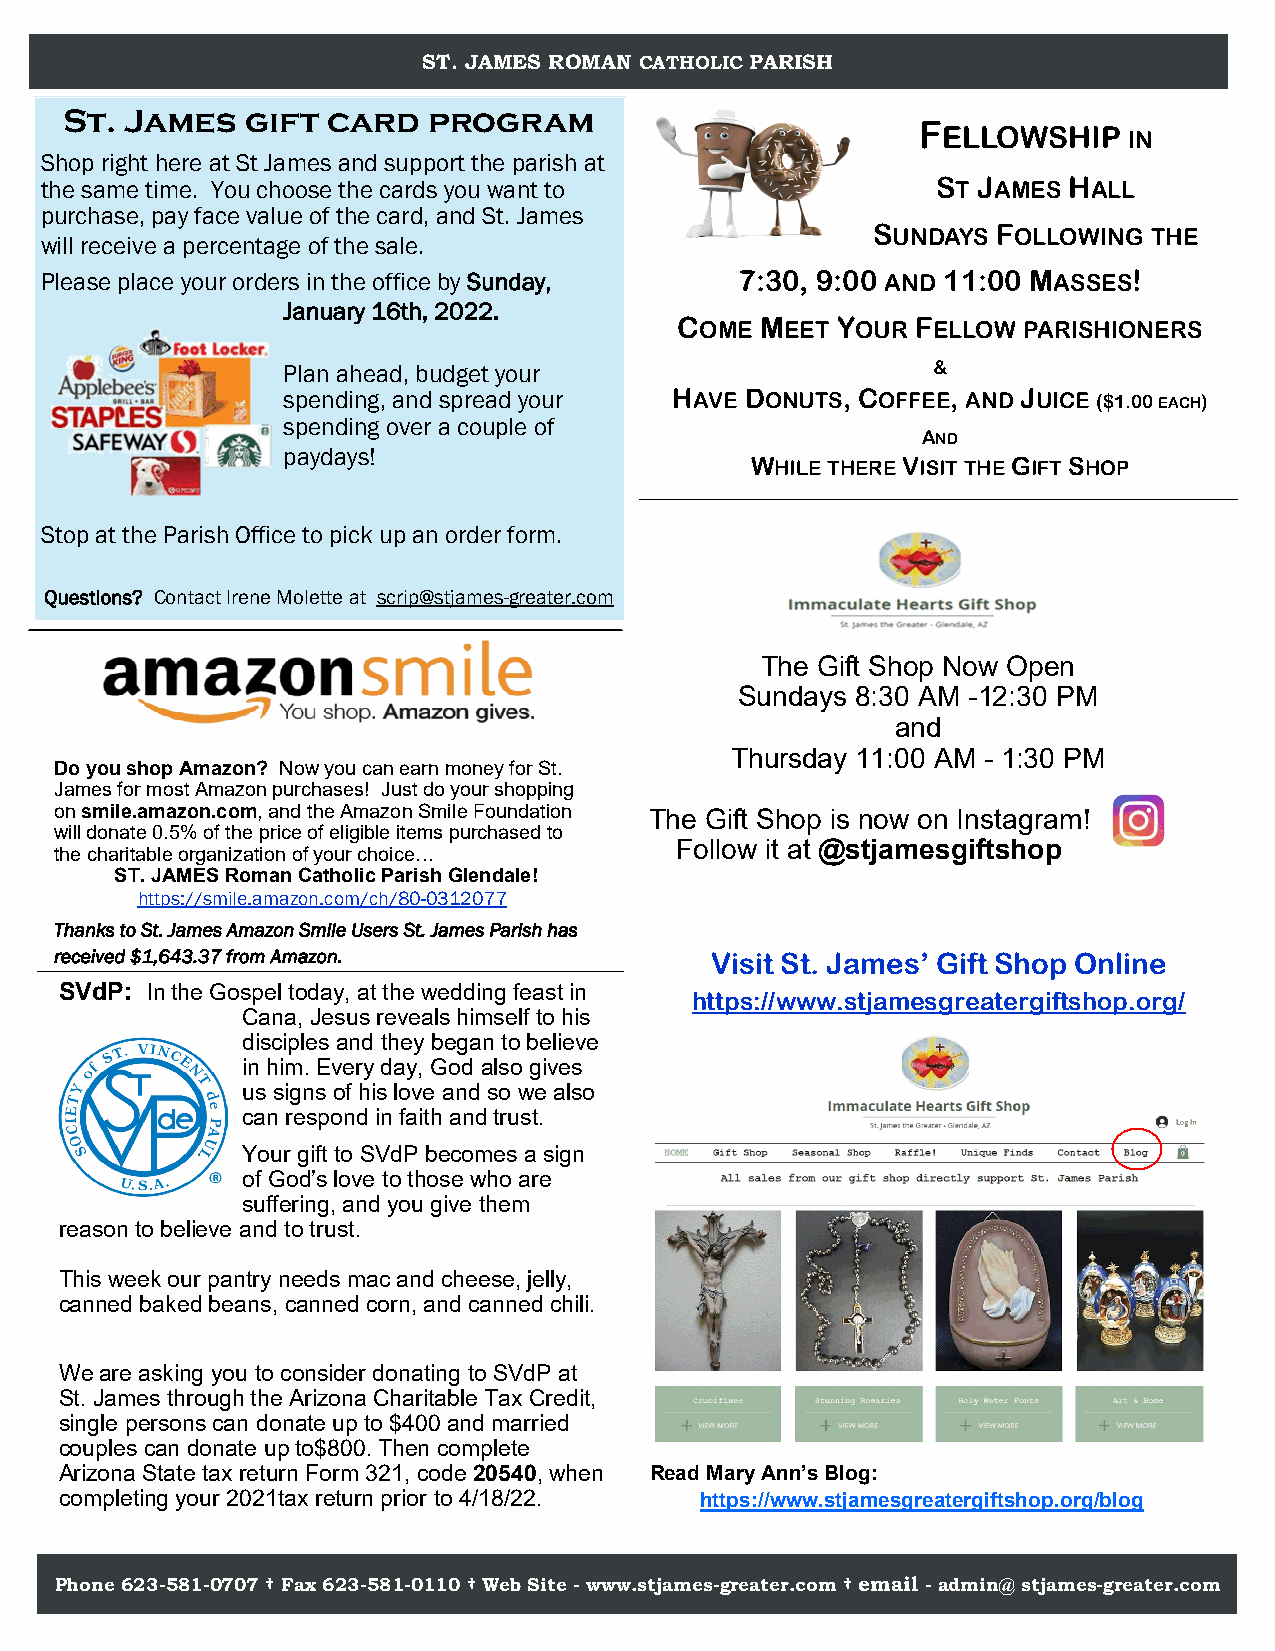
ST. JAMES ROMAN CATHOLIC PARISH
 St. James   gift  card  program
 FELLOWSHIP
 IN
 Shop right here at St James and support the parish at
 the same time. You choose the cards you want to            ST JAMES HALL
 purchase, pay face value of the card, and St. James
 SUNDAYS FOLLOWING THE
 will receive a percentage of the sale.
 Please place your orders in the office by Sunday, 7:30, 9:00 AND 11:00 MASSES!
 January 16th, 2022.
 COME MEET YOUR  FELLOW PARISHIONERS
 Plan ahead, budget your                    &
 spending, and spread your HAVE DONUTS, COFFEE, AND JUICE ($1.00 EACH)
 spending over a couple of
 AND
 paydays!
 WHILE THERE VISIT THE GIFT SHOP
 Stop at the Parish Office to pick up an order form.
 Questions? Contact Irene Molette at scrip@stjames-greater.com
 The Gift Shop Now Open
 Sundays 8:30 AM -12:30 PM
 and
 Thursday 11:00 AM - 1:30 PM
 Do you shop Amazon? Now you can earn money for St.
 James for most Amazon purchases! Just do your shopping
 on smile.amazon.com, and the Amazon Smile Foundation The Gift Shop is now on Instagram!
 will donate 0.5% of the price of eligible items purchased to
 Follow it at @stjamesgiftshop
 the charitable organization of your choice…
 ST. JAMES Roman Catholic Parish Glendale!
 https://smile.amazon.com/ch/80-0312077
 Thanks to St. James Amazon Smile Users St. James Parish has
 received $1,643.37 from Amazon.            Visit St. James’ Gift Shop Online
 SVdP: In the Gospel today, at the wedding feast in
 https://www.stjamesgreatergiftshop.org/
 Cana, Jesus reveals himself to his
 disciples and they began to believe
 in him. Every day, God also gives
 us signs of his love and so we also
 can respond in faith and trust.
 Your gift to SVdP becomes a sign
 of God’s love to those who are
 suffering, and you give them
 reason to believe and to trust.
 This week our pantry needs mac and cheese, jelly,
 canned baked beans, canned corn, and canned chili.
 We are asking you to consider donating to SVdP at
 St. James through the Arizona Charitable Tax Credit,
 single persons can donate up to $400 and married
 couples can donate up to$800. Then complete
 Arizona State tax return Form 321, code 20540, when Read Mary Ann’s Blog:
 completing your 2021tax return prior to 4/18/22. https://www.stjamesgreatergiftshop.org/blog
 Phone 623-581-0707 † Fax 623-581-0110 † Web Site - www.stjames-greater.com † email - admin@ stjames-greater.com